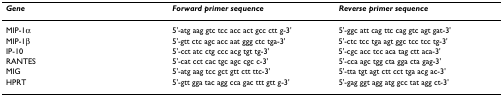
<table><thead><tr><td><b><i>Gene</i></b></td><td><b><i>Forward primer sequence </i></b></td><td><b><i>Reverse primer sequence</i></b></td></tr></thead><tbody><tr><td>MIP-1α</td><td>5&#x27;-atg aag gtc tcc acc act gcc ctt g-3&#x27;</td><td>5&#x27;-ggc att cag ttc cag gtc agt gat-3&#x27;</td></tr><tr><td>MIP-1β</td><td>5&#x27;-gtt ctc agc acc aat ggg ctc tga-3&#x27;</td><td>5&#x27;-ctc tcc tga agt ggc tcc tcc tg-3&#x27;</td></tr><tr><td>IP-10</td><td>5&#x27;-cct atc ctg ccc acg tgt tg-3&#x27;</td><td>5&#x27;-cgc acc tcc aca tag ctt aca-3&#x27;</td></tr><tr><td>RANTES</td><td>5&#x27;-cat cct cac tgc agc cgc c-3&#x27;</td><td>5&#x27;-cca agc tgg cta gga cta gag-3&#x27;</td></tr><tr><td>MIG</td><td>5&#x27;-atg aag tcc gct gtt ctt ttc-3&#x27;</td><td>5&#x27;-tta tgt agt ctt cct tga acg ac-3&#x27;</td></tr><tr><td>HPRT</td><td>5&#x27;-gtt gga tac agg cca gac ttt gtt g-3&#x27;</td><td>5&#x27;-gag ggt agg atg gcc tat agg ct-3&#x27;</td></tr></tbody></table>